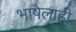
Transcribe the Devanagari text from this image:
भाषेलाही